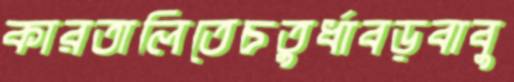
কারতালিতেচতুর্ধাবড়বাবু